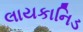
લાયકાનિડ